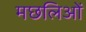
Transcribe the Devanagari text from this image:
मछलिओं